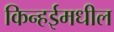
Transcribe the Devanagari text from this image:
किन्हईमधील